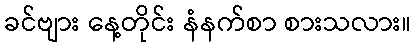
ခင်ဗျား နေ့တိုင်း နံနက်စာ စားသလား။